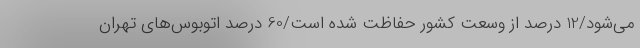
می‌شود/12 درصد از وسعت کشور حفاظت شده است/60 درصد اتوبوس‌های تهران